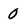
Character: 0